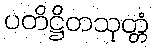
ပတိဋ္ဌိတသုတ္တံ